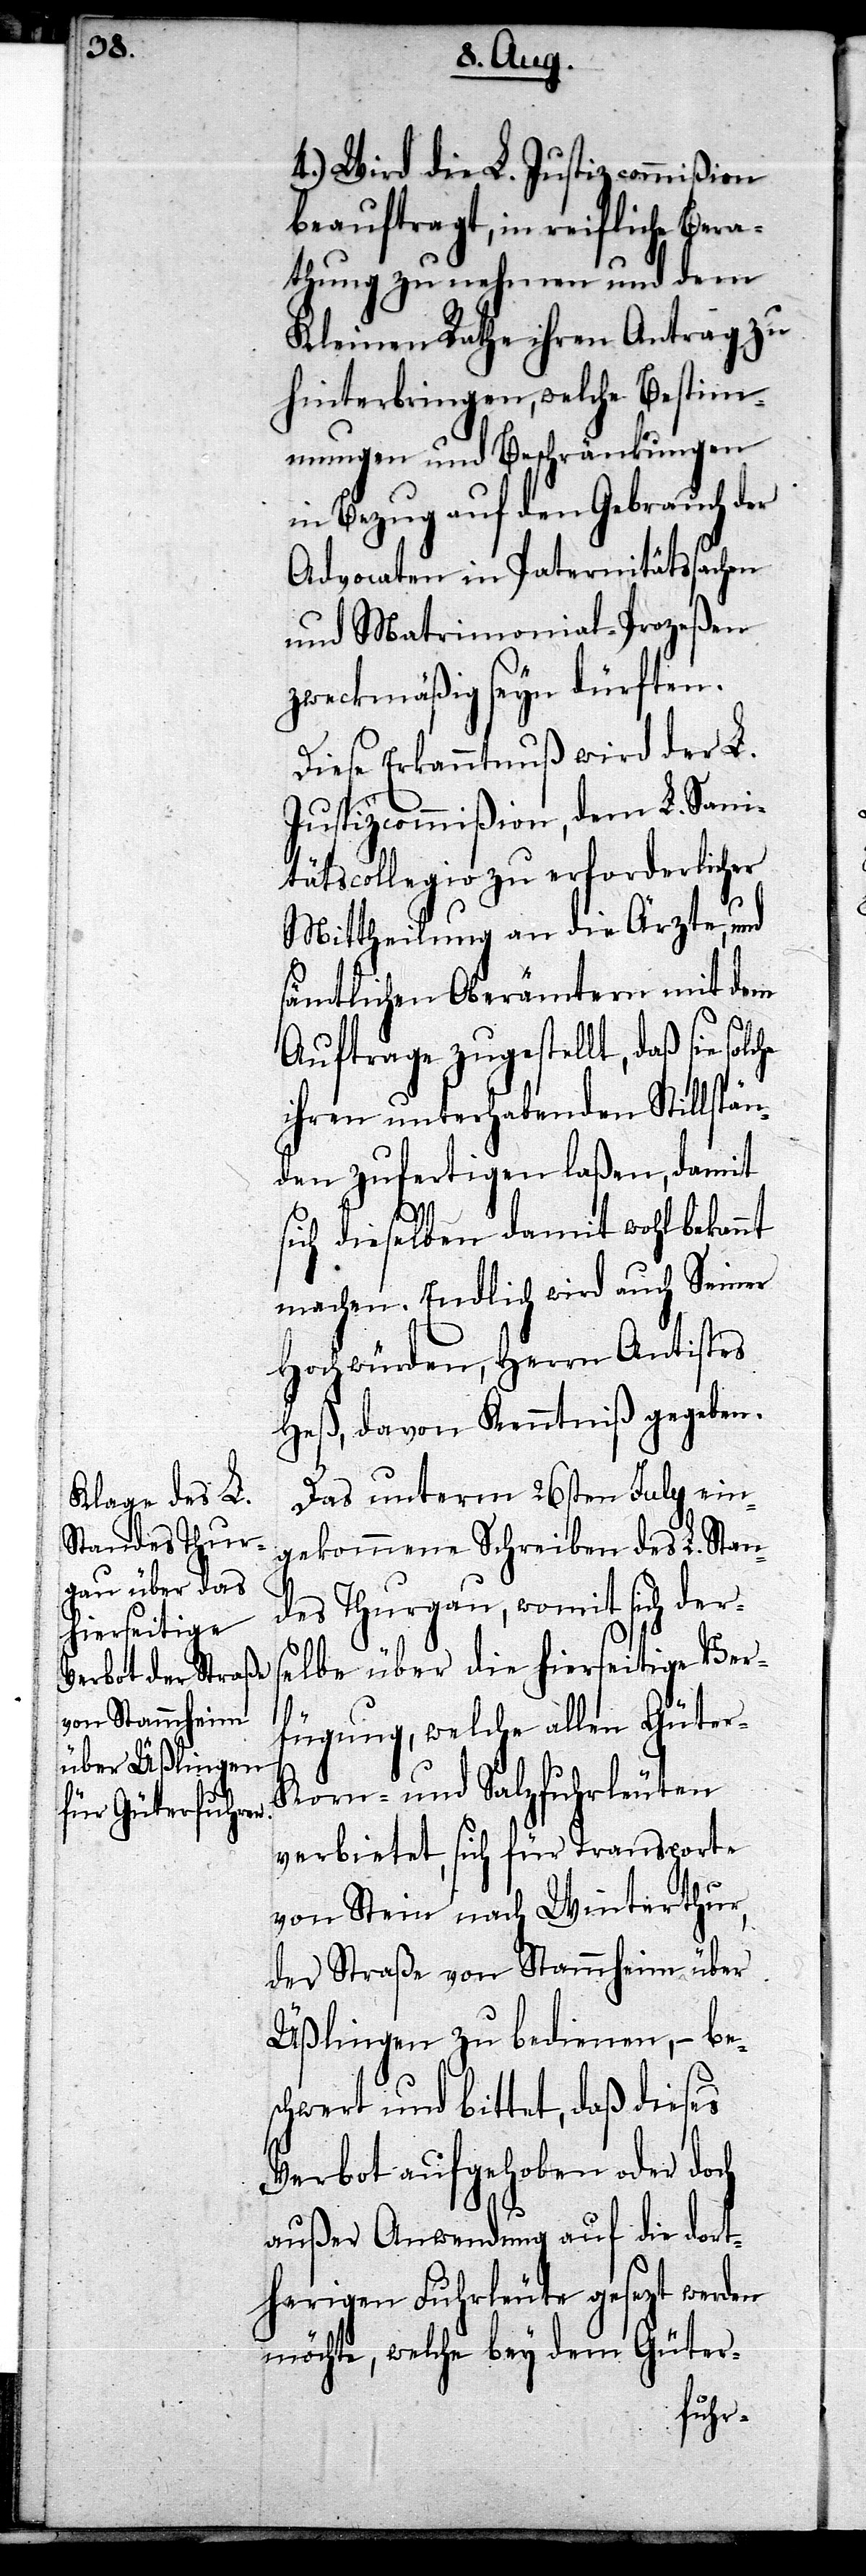
4.) Wird die L. Justizcommißion
beauftragt, in reifliche Bera¬
thung zu nehmen und dem
Kleinen Rathe ihren Antrag zu
hinterbringen, welche Bestim¬
mungen und Beschränkungen
in Bezug auf den Gebrauch der
Advocaten in Paternitätssachen
und Matrimonial-Prozeßen
zweckmäßig seyn dürften.
Diese Erkanntnuß wird der L.
Justizcommißion, dem L. Sani¬
tätscollegio zu erforderlicher
Mittheilung an die Ärzte, und
sämtlichen Oberämtern mit dem
Auftrage zugestellt, daß sie
ihren unterhabenden Stillstän¬
den zufertigen laßen, damit
sich dieselben damit wohl bekannt
machen. Endlich wird auch Seiner
Hochwürden, Herrn Antistes
Heß, davon Kenntniß gegeben.
Das unterm 26sten July ein¬
gekommene Schreiben des L. Stan¬
des Thurgau, womit sich ders¬
elbe über die hierseitige Ver¬
fügung, welche allen Güter-
Korn- und Salzfuhrleuten
verbietet, sich für Transporte
von Stein nach Winterthur,
der Straße von Stammheim über
Üßlingen zu bedienen, – bes¬
chwert und bittet, daß dieses
Verbot aufgehoben oder doch
außer Anwendung auf die dort¬
herigen Fuhrleute gesezt werden
möchte, welche bey dem Güter-